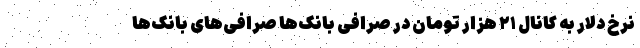
نرخ دلار به کانال ۲۱ هزار تومان در صرافی بانک‌ها صرافی‌های بانک‌ها